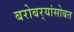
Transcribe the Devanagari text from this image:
बरोबर्‍यांसोबत